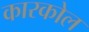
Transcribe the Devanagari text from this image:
कारकोल